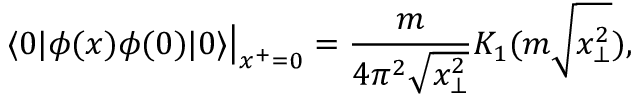
\left. \langle 0 | \phi ( x ) \phi ( 0 ) | 0 \rangle \right| _ { x ^ { + } = 0 } = \frac { m } { 4 \pi ^ { 2 } \sqrt { x _ { \bot } ^ { 2 } } } K _ { 1 } ( m \sqrt { x _ { \bot } ^ { 2 } } ) ,